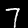
Digit: 7